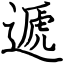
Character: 遞